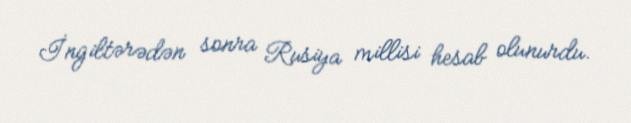
İngiltərədən sonra Rusiya millisi hesab olunurdu.